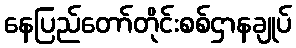
နေပြည်တော်တိုင်းစစ်ဌာနချုပ်